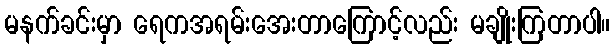
မနက်ခင်းမှာ ရေကအရမ်းအေးတာကြောင့်လည်း မချိုးကြတာပါ။